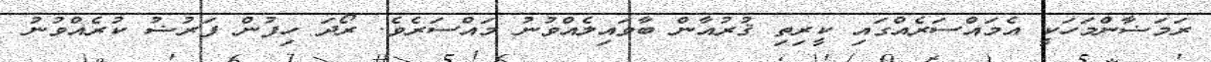
ރަމަޟާންމަހަކީ އެމައްސަރެއްގައި ކީރިތި ޤުރުއާން ބާވައިލެއްވުނު މައްސަރެވެ. ރޯދަ ހިފުން ފަރުޟު ކުރެއްވުނު